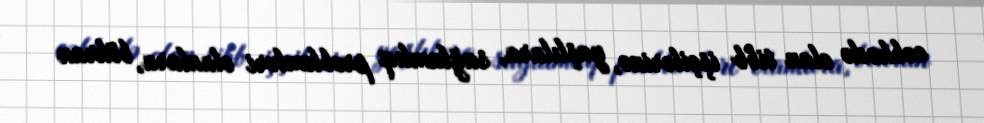
cəbhədə olan tibb işçilərinə, yaşlılara, sağlamlıq problemləri olanlara, böhran